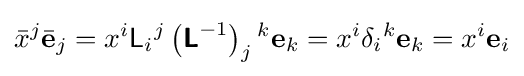
{\bar {x}}^{j}{\bar {\mathbf {e} }}_{j}=x^{i}{\mathsf {L}}_{i}{}^{j}\left({\boldsymbol {\mathsf {L}}}^{-1}\right)_{j}{}^{k}\mathbf {e} _{k}=x^{i}\delta _{i}{}^{k}\mathbf {e} _{k}=x^{i}\mathbf {e} _{i}